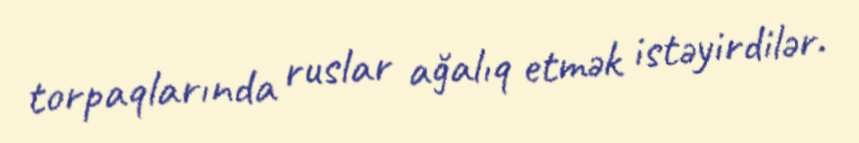
torpaqlarında ruslar ağalıq etmək istəyirdilər.